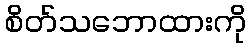
စိတ်သဘောထားကို